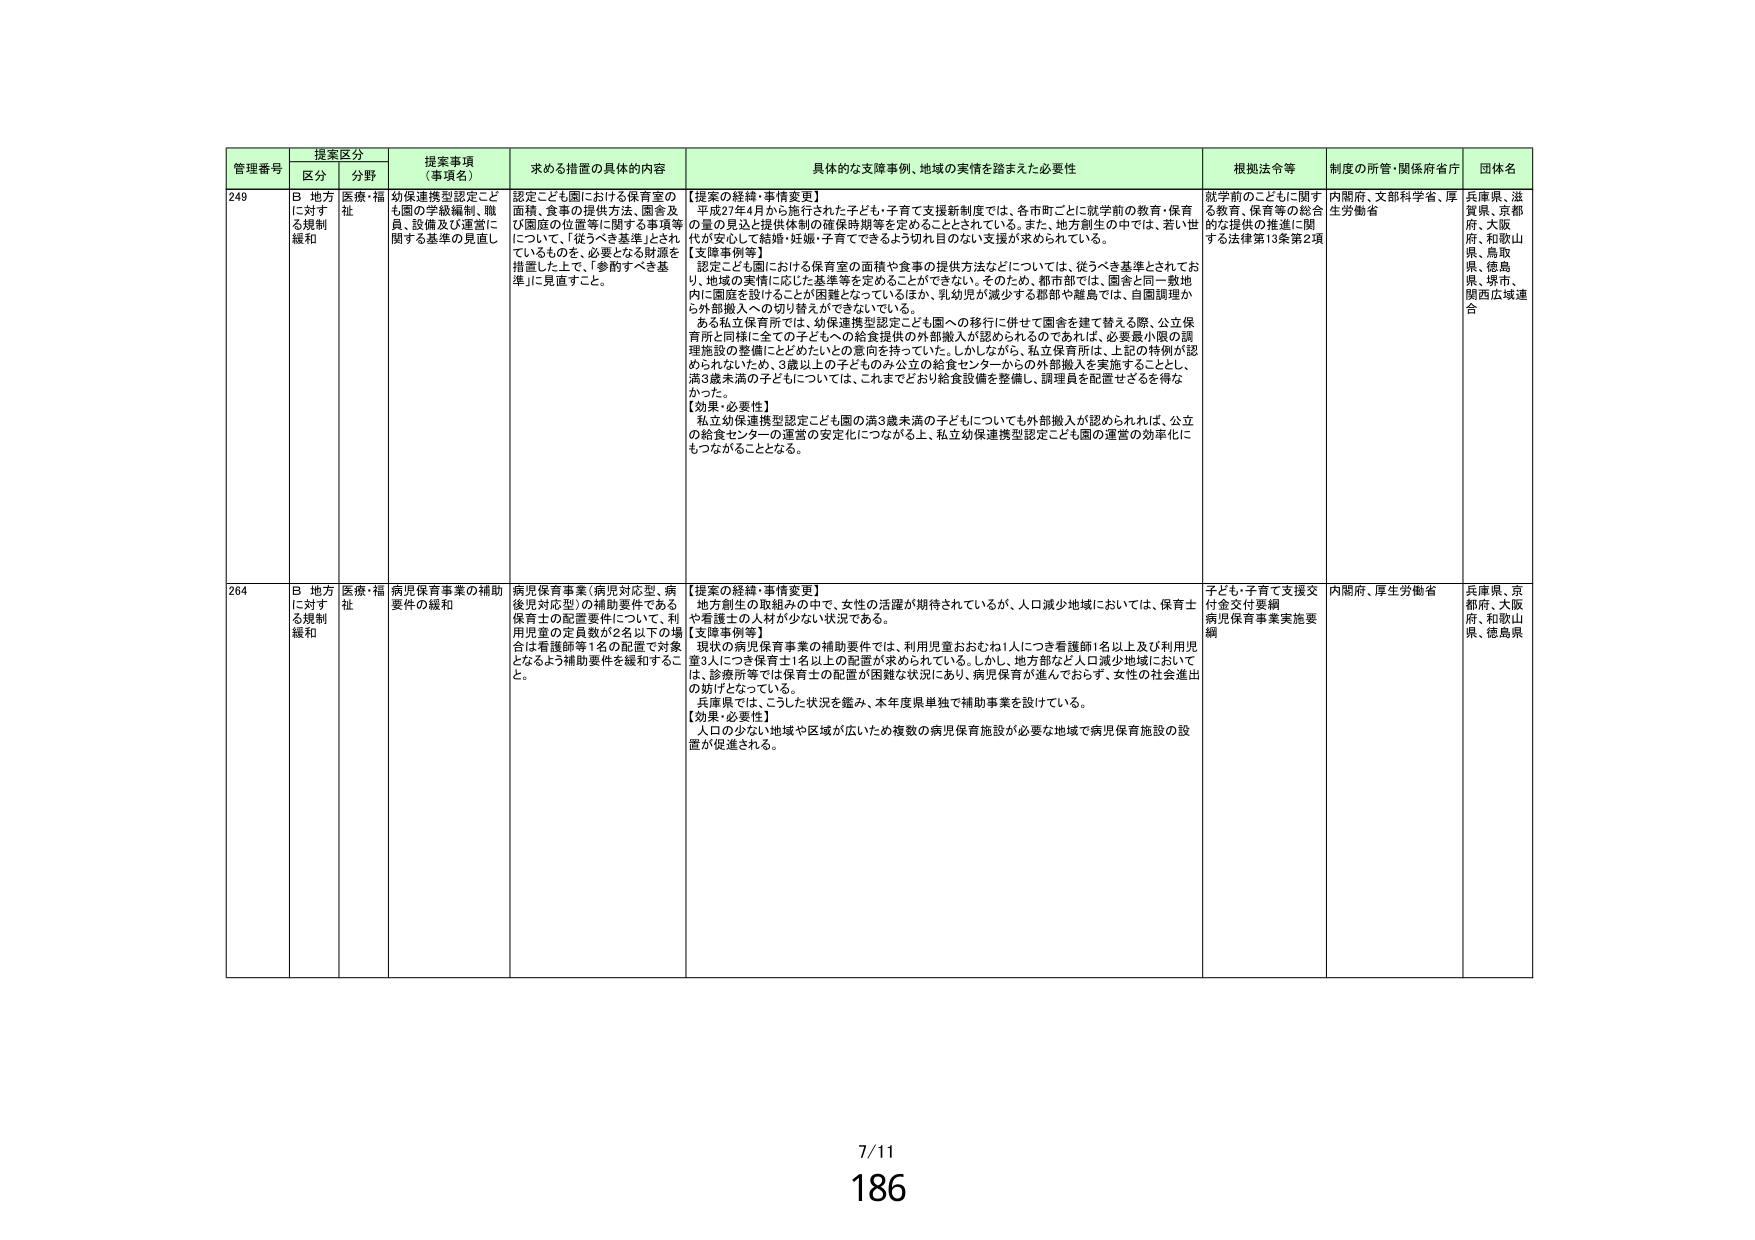
管理番号 提案区分 提案事項（事項名） 求める措置の具体的内容 具体的な支援事例、地域の実情を踏まえた必要性 根拠法令等 制度の所管・関係府省庁 団体名
区分 分野
249 B 地方に対する規制緩和 医療・福祉 幼保連携型認定こども園の学級編制、職員、設備及び運営に関する基準の見直し 認定こども園における保育室の面積、食事の提供方法、園舎及び園庭の位置等に関する事項等について、「従うべき基準」とされているものを、必要となる財源を措置した上で、「参酌すべき基準」に見直すこと。 【提案の経緯・事情変更】 平成27年4月から施行された子ども・子育て支援新制度では、各市町ごとに就学前の教育・保育の量の見込と提供体制の確保時期等を定めることとされている。また、地方創生の中では、若い世代が安心して結婚・妊娠・子育てできるよう切れ目のない支援が求められている。 【支援事例等】 認定こども園における保育室の面積や食事の提供方法などについては、従うべき基準とされており、地域の実情に応じた基準等を定めることができない。そのため、都市部では、園舎と同一敷地内に園庭を設けることが困難となっているほか、乳幼児が減少する都市や離島では、自園調理から外部搬入への切り替えができないている。 ある私立保育所では、幼保連携型認定こども園への移行に併せて園舎を建て替える際、公立保育所と同様に全ての子どもへの給食提供の外部搬入が認められるのであれば、必要最小限の調理施設の整備にとどめたいとの意向を持っていた。しかしながら、私立保育所は、上記の特例が認められないため、3歳以上の子どものみ公立の給食センターからの外部搬入を実施することとし、満3歳未満の子どもについては、これまでどおり給食設備を整備し、調理員を配置せざるを得なかった。 【効果・必要性】 私立幼保連携型認定こども園の満3歳未満の子どもについても外部搬入が認められれば、公立の給食センターの運営の安定化につながる上、私立幼保連携型認定こども園の運営の効率化にもつながることとなる。 就学前のこどもに関する教育、保育等の総合的な提供の推進に関する法律第13条第2項 内閣府、文部科学省、厚生労働省 兵庫県、滋賀県、京都府、大阪府、和歌山県、鳥取県、徳島県、栃木、関西広域連合
264 B 地方に対する規制緩和 医療・福祉 病児保育事業の補助要件の緩和 病児保育事業（病児対応型、病後児対応型）の補助要件である保育士の配置要件について、利用児童の定員数が2名以下の場合は看護師1名の配置で対象となるよう補助要件を緩和すること。 【提案の経緯・事情変更】 地方創生の取組みの中で、女性の活躍が期待されているが、人口減少地域においては、保育士や看護士の人材が少ない状況である。 【支援事例等】 現状の病児保育事業の補助要件では、利用児童おおむね1人につき看護師1名以上及び利用児童3人につき保育士1名以上の配置が求められている。しかし、地方部など人口減少地域においては、診療所等では保育士の配置が困難な状況にあり、病児保育が進んでおらず、女性の社会進出の妨げとなっている。 兵庫県では、こうした状況を鑑み、本年度県単独で補助事業を設けている。 【効果・必要性】 人口の少ない地域や区域が広いため複数の病児保育施設が必要な地域で病児保育施設の設置が促進される。 子ども・子育て支援交付金交付要綱 病児保育事業実施要綱 内閣府、厚生労働省 兵庫県、京都府、大阪府、和歌山県、徳島県
7/11
186